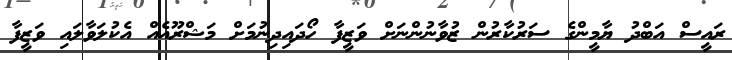
ރައީސް އަބްދު ޔާމީންގެ ސަރުކާރުން ޒުވާނުންނަށް ވަޒީފާ ހޯދައިދިނުމަށް މަޝްރޫއެއް އެކުލަވާލައި ވަޒީފާ